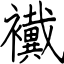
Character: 襶